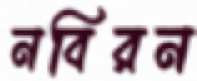
নবিরন